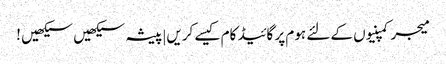
میجر کمپنیوں کے لئے ہوم پر گائیڈ کام کیسے کریں|پیشہ سیکھیں سیکھیں !